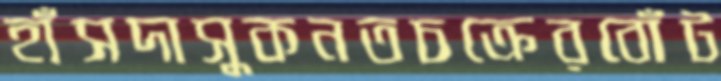
হাঁসদাসুকনতচক্রেরবোঁট